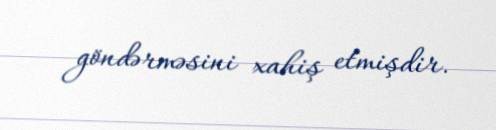
göndərməsini xahiş etmişdir.